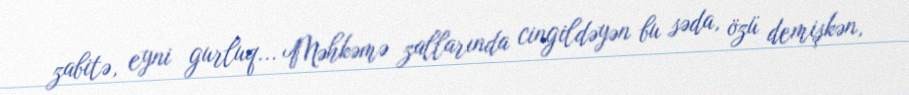
zabitə, eyni gurluq... Məhkəmə zallarında cingildəyən bu səda, özü demişkən,